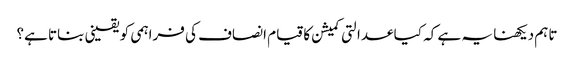
تاہم دیکھنا یہ ہے کہ کیا عدالتی کمیشن کا قیام انصاف کی فراہمی کو یقینی بناتا ہے؟